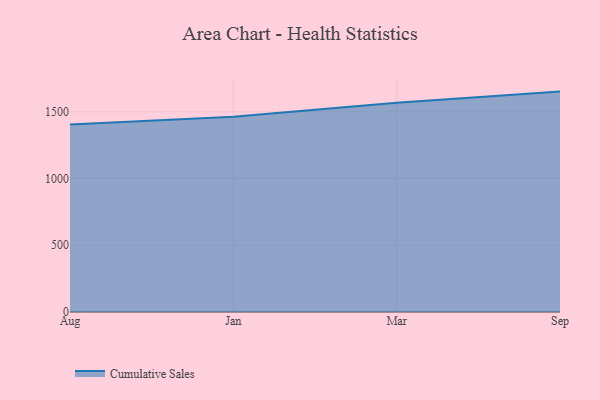
{"axis": {"x": "Month", "y": "Population (Million)"}, "legend": ["Cumulative Sales"], "data": [{"x": "Aug", "y": 1404.4, "type": "Cumulative Sales"}, {"x": "Jan", "y": 1462.6, "type": "Cumulative Sales"}, {"x": "Mar", "y": 1567.4, "type": "Cumulative Sales"}, {"x": "Sep", "y": 1651.1, "type": "Cumulative Sales"}]}